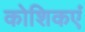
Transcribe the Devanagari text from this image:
कोशिकएं